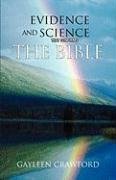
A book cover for Evidence and Science that Confirms the Bible; Gayleen Crawford; Christian Books & Bibles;